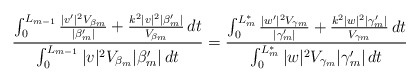
\begin{align*}\frac{\int_0^{L_{m-1}} \frac{|v'|^2 V_{\beta_m}}{|\beta_m'|} + \frac{k^2 |v|^2 | \beta_m'|}{V_{\beta_m}} \,dt}{\int_0^{L_{m-1}} |v|^2 V_{\beta_m} |\beta_m'| \,dt}= \frac{\int_0^{L_m^*} \frac{|w'|^2 V_{\gamma_m}}{|\gamma_m'|} + \frac{k^2 |w|^2 | \gamma_m'|}{V_{\gamma_m}} \,dt}{\int_0^{L_m^*} |w|^2 V_{\gamma_m} |\gamma_m'| \,dt}\end{align*}